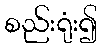
စည်းရုံး၍